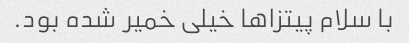
با سلام پیتزاها خیلی خمیر شده بود.